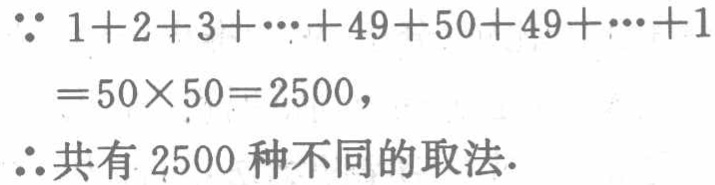
\(
\begin{align*}
&\because 1 + 2 + 3+\cdots+49 + 50+49+\cdots+1\\
&=50\times50 = 2500,\\
&\therefore 共有\ 2500\ 种不同的取法.
\end{align*}
\)